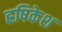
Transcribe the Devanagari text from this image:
ह्रषिकेश